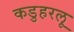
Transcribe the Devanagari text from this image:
कडुहरलू